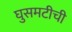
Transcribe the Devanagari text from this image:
घुसमटीची